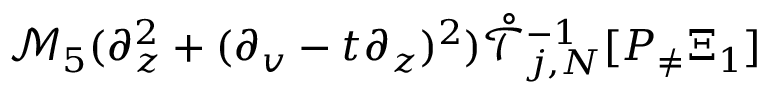
\mathcal { M } _ { 5 } ( \partial _ { z } ^ { 2 } + ( \partial _ { v } - t \partial _ { z } ) ^ { 2 } ) \mathring { \mathcal { T } } _ { j , N } ^ { - 1 } [ P _ { \neq } \Xi _ { 1 } ]